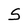
Character: S